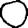
Digit: 0